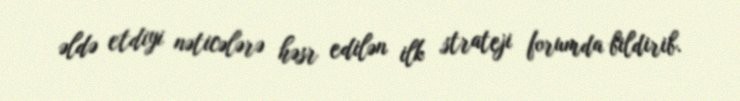
əldə etdiyi nəticələrə həsr edilən ilk strateji forumda bildirib.